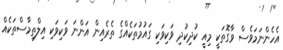
އެހެންނަމަވެސް ވާގޮތަކީ މިއީ ކުދިކުދި ވަކިވަކި ގައުމުތަކެއްގެ ތެރެއިން އަންނަ ވަކިވަކި އިލްތިމާސްތަކެއް